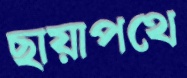
ছায়াপথে